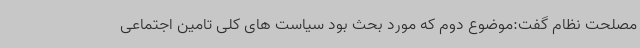
مصلحت نظام گفت:موضوع دوم که مورد بحث بود سیاست های کلی تامین اجتماعی